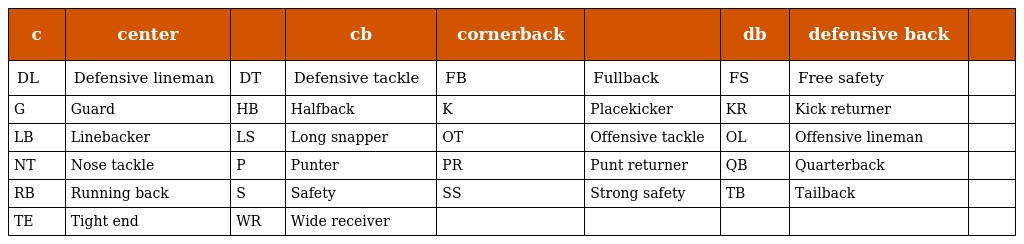
| c | center |  | cb | cornerback |  | db | defensive back |  |
 | --- | --- | --- | --- | --- | --- | --- | --- | --- |
 | DL | Defensive lineman | DT | Defensive tackle | FB | Fullback | FS | Free safety |  |
 | G | Guard | HB | Halfback | K | Placekicker | KR | Kick returner |  |
 | LB | Linebacker | LS | Long snapper | OT | Offensive tackle | OL | Offensive lineman |  |
 | NT | Nose tackle | P | Punter | PR | Punt returner | QB | Quarterback |  |
 | RB | Running back | S | Safety | SS | Strong safety | TB | Tailback |  |
 | TE | Tight end | WR | Wide receiver |  |  |  |  |  |